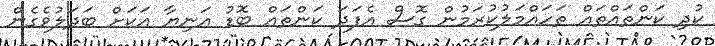
ކުދި ކަންތައްތައް ތަހައްމަލުކުރަމުން ގޮސް އެފަދަ ކަންތައް ބޮޑު އަނިޔާ އަކަށް ބަދަލުވެގެން